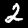
Label: 2